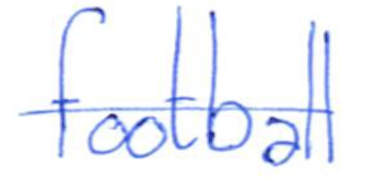
Text: football
Cross-out: single-line
Writing tool: ballpoint